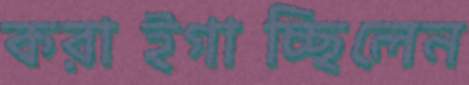
করাইগাচ্ছিলেন